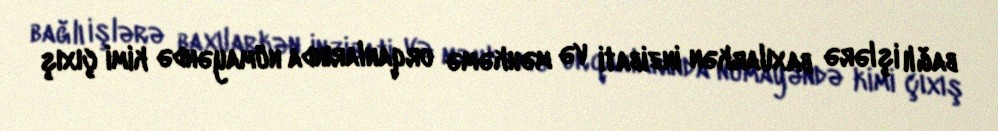
bağlı işlərə baxılarkən inzibati və məhkəmə orqanlarında nümayəndə kimi çıxış